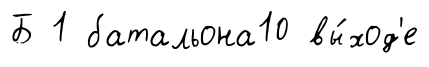
Б 1 батальона10 вы́ход'е